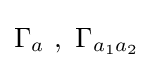
\Gamma _{a}~,~\Gamma _{a_{1}a_{2}}